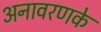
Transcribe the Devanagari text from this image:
अनावरणके